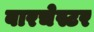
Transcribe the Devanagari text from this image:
बारचेस्टर